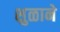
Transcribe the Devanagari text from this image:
शुळाने